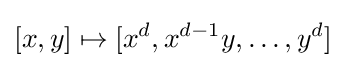
[x,y]\mapsto [x^{d},x^{d-1}y,\ldots ,y^{d}]